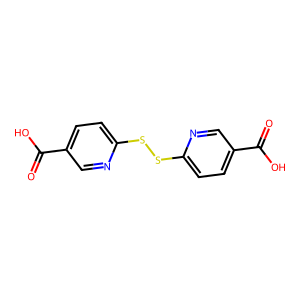
SMILES: O=C(O)c1ccc(SSc2ccc(C(=O)O)cn2)nc1
Inhibits HIV replication: No